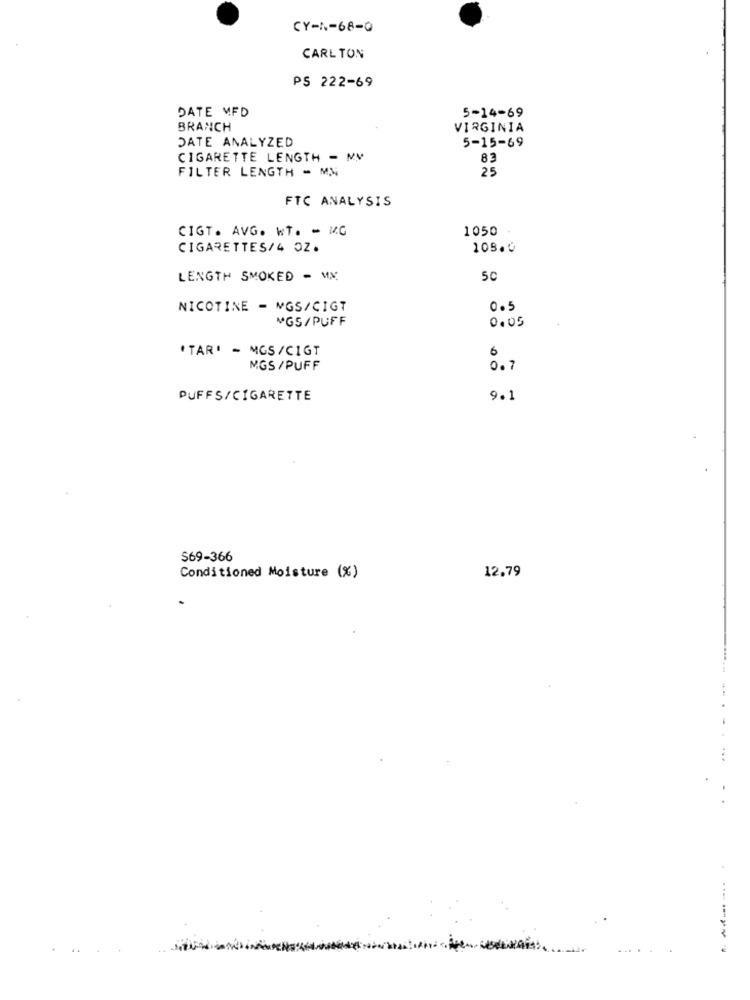
CY-N-68-0
CARL TON
PS 222-69
DATE MED
5-14-69
BRANCH
VIRGINIA
DATE ANALYZED
5-15-69
CIGARETTE LENGTH - MM
83
25
FILTER LENGTH - MN
FTC ANALYSIS
CIGT. AVG. WT. - MG
1050
CIGARETTES/4 OZ.
108.0
LENGTH SMOKED - MX
50
NICOTINE - MGS/CIGT
0.5
MGS/PUFF
0.05
'TAR' - MGS/CIGT
6
MGS /PUFF
0.7
PUFFS/CIGARETTE
9.1
$69-366
12.79
Conditioned Moisture (%)
...
. .
------